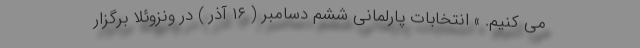
می کنیم. » انتخابات پارلمانی ششم دسامبر ( ۱۶ آذر ) در ونزوئلا برگزار